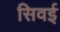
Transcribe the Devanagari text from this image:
सिवईं